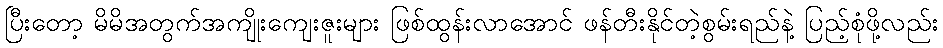
ပြီးတော့ မိမိအတွက်အကျိုးကျေးဇူးများ ဖြစ်ထွန်းလာအောင် ဖန်တီးနိုင်တဲ့စွမ်းရည်နဲ့ ပြည့်စုံဖို့လည်း